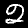
Label: 2